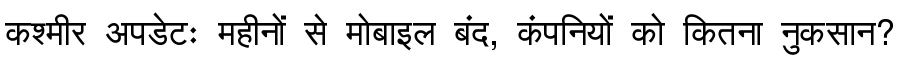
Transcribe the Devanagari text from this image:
कश्मीर अपडेटः महीनों से मोबाइल बंद, कंपनियों को कितना नुकसान?